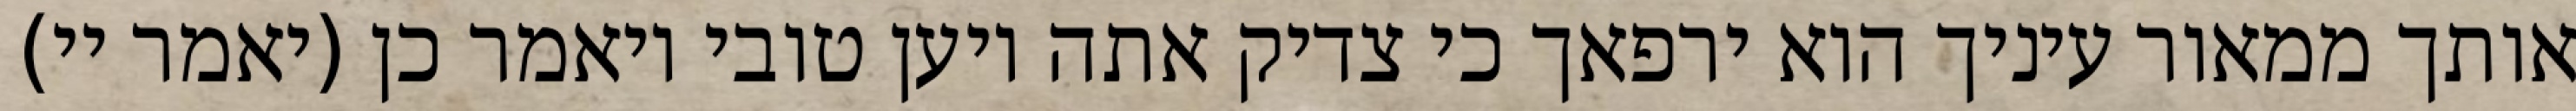
אותך ממאור עיניך הוא ירפאך כי צדיק אתה ויען טובי ויאמר כן (יאמר יי)